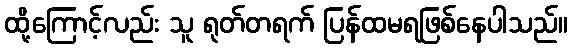
ထို့ကြောင့်လည်း သူ ရုတ်တရက် ပြန်ထမရဖြစ်နေပါသည်။